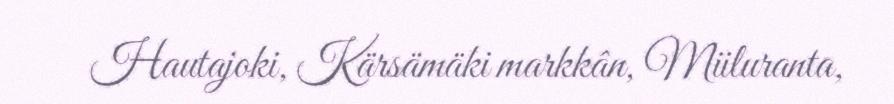
Hautajoki, Kärsämäki markkân, Miiluranta,